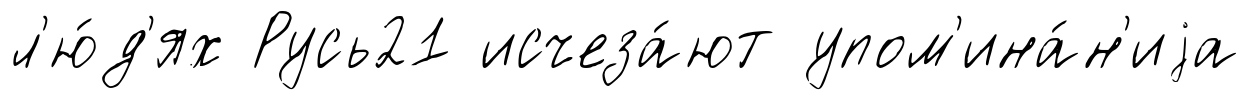
л'ю́д'ях Русь21 исчеза́ют упом'ина́н'иjа